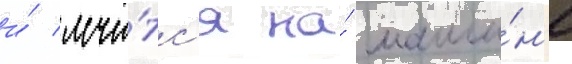
и́ мчи́тс'я на́ маши́н'е